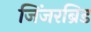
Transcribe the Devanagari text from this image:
जिंजरब्रिड